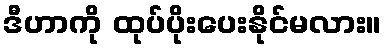
ဒီဟာကို ထုပ်ပိုးပေးနိုင်မလား။